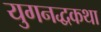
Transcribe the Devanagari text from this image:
युगनद्धकथा